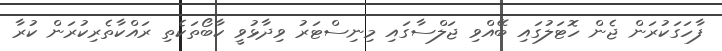
ފާހަގަކުރަން ޖެން ހޮޓަލުގައި ބޭއްވި ޖަލްސާގައި މިނިސްޓަރު ވިދާޅުވީ ކާބޯތަކެތި ރައްކާތެރިކުރަން ކުރާ